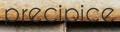
precipice